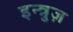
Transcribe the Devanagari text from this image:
इन्त्रुज़